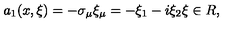
a _ { 1 } ( x , \xi ) = - \sigma _ { \mu } \xi _ { \mu } = - \xi _ { 1 } - i \xi _ { 2 } \xi \in R ,